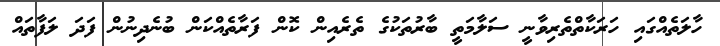
ހާލަތެއްގައި ހަރަކާތްތެރިވާނީ ސަލާމަތީ ބާރުތަކުގެ ތެރެއިން ކޮން ފަރާތެއްކަން ބުނެދިނުން ފަދަ ލަފާތައް